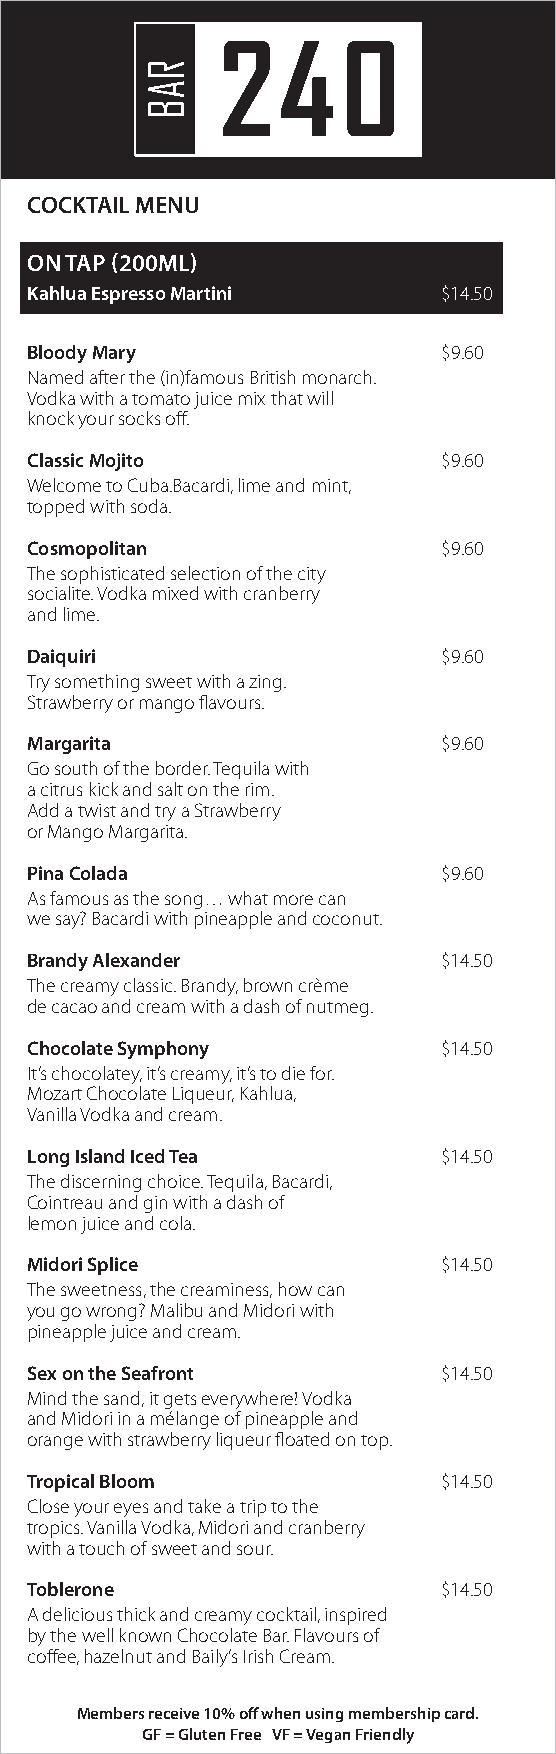
COCKTAIL MENU
 ON TAP (200ML)
 Kahlua Espresso Martini    $14.50
 Bloody Mary                $9.60
 Named after the (in)famous British monarch.
 Vodka with a tomato juice mix that will
 knock your socks off.
 Classic Mojito             $9.60
 Welcome to Cuba.Bacardi, lime and mint,
 topped with soda.
 Cosmopolitan               $9.60
 The sophisticated selection of the city
 socialite. Vodka mixed with cranberry
 and lime.
 Daiquiri                   $9.60
 Try something sweet with a zing.
 Strawberry or mango flavours.
 Margarita                  $9.60
 Go south of the border. Tequila with
 a citrus kick and salt on the rim.
 Add a twist and try a Strawberry
 or Mango Margarita.
 Pina Colada                $9.60
 As famous as the song… what more can
 we say? Bacardi with pineapple and coconut.
 Brandy Alexander           $14.50
 The creamy classic. Brandy, brown crème
 de cacao and cream with a dash of nutmeg.
 Chocolate Symphony         $14.50
 It’s chocolatey, it’s creamy, it’s to die for.
 Mozart Chocolate Liqueur, Kahlua,
 Vanilla Vodka and cream.
 Long Island Iced Tea       $14.50
 The discerning choice. Tequila, Bacardi,
 Cointreau and gin with a dash of
 lemon juice and cola.
 Midori Splice              $14.50
 The sweetness, the creaminess, how can
 you go wrong? Malibu and Midori with
 pineapple juice and cream.
 Sex on the Seafront        $14.50
 Mind the sand, it gets everywhere! Vodka
 and Midori in a mélange of pineapple and
 orange with strawberry liqueur floated on top.
 Tropical Bloom             $14.50
 Close your eyes and take a trip to the
 tropics. Vanilla Vodka, Midori and cranberry
 with a touch of sweet and sour.
 Toblerone                  $14.50
 A delicious thick and creamy cocktail, inspired
 by the well known Chocolate Bar. Flavours of
 coffee, hazelnut and Baily’s Irish Cream.
 Members receive 10% off when using membership card.
 GF = Gluten Free VF = Vegan Friendly